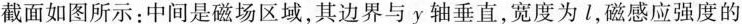
截面如图所示：中间是磁场区域，其边界与y轴垂直，宽度为l，磁感应强度的